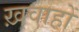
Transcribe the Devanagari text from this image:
ख़वाहों